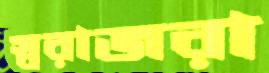
স্বরাজরা